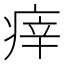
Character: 㾕